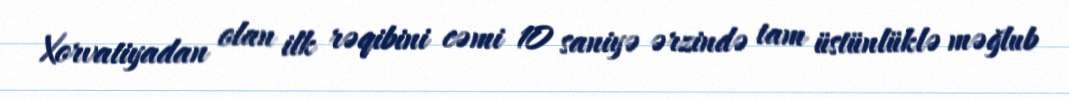
Xorvatiyadan olan ilk rəqibini cəmi 10 saniyə ərzində tam üstünlüklə məğlub